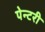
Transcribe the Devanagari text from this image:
पेन्टरी